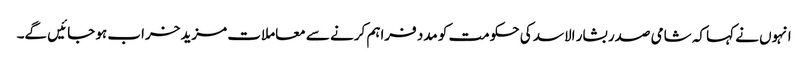
انہوں نے کہا کہ شامی صدر بشار الاسد کی حکومت کو مدد فراہم کرنے سے معاملات مزید خراب ہو جائیں گے۔